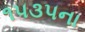
૧૫૩૫ના